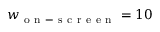
w _ { \mathrm { ~ o ~ n ~ - ~ s ~ c ~ r ~ e ~ e ~ n ~ } } = 1 0